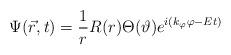
LaTeX: \begin{align*}\Psi (\vec r,t)=\frac 1rR(r)\Theta (\vartheta )e^{i(k_\varphi\varphi -Et)}\end{align*}